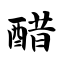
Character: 醋